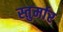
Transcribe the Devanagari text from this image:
स्तुर्मार